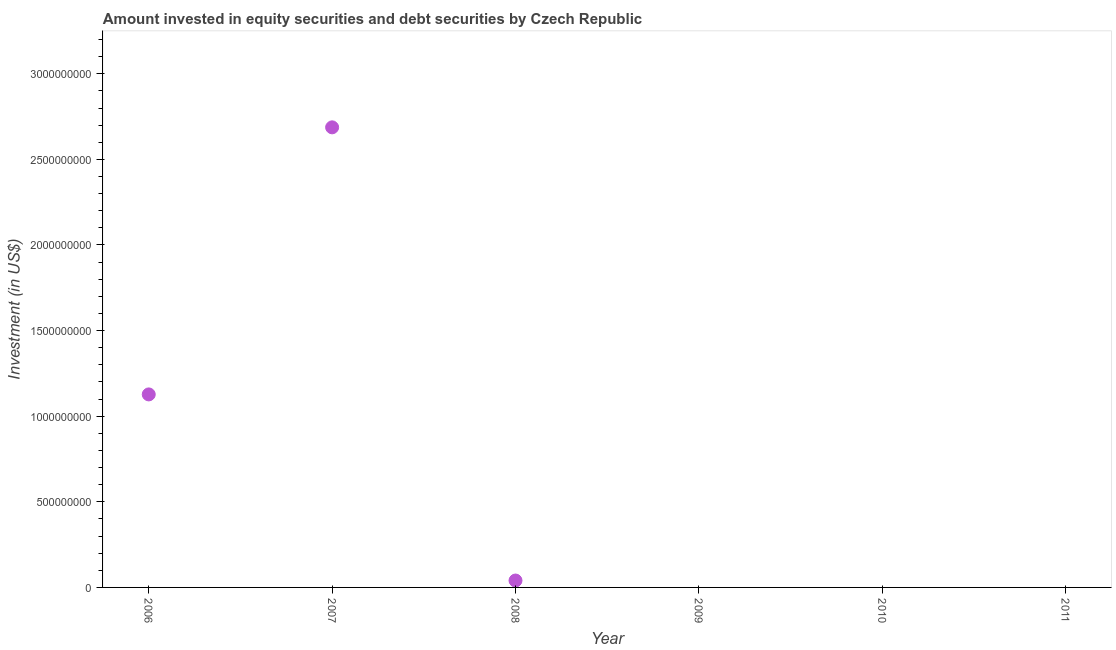
| Year | Portfolio Investment |
 | --- | --- |
 | 2006 | 1.13e+09 |
 | 2007 | 2.69e+09 |
 | 2008 | 4.03e+07 |
 | 2009 | -8.59e+09 |
 | 2010 | -7.73e+09 |
 | 2011 | -3.62e+08 |